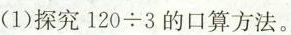
(1)探究$$1 2 0 \div 3$$的口算方法。